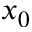
x _ { 0 }